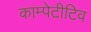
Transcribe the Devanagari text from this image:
काम्पेटीटिव